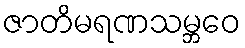
ဇာတိမရဏသမ္ဘဝေ